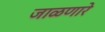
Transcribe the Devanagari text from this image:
जाळणारे